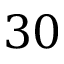
3 0